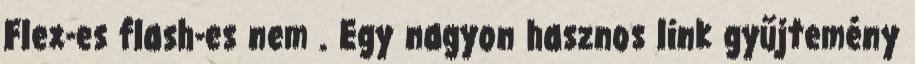
Flex-es flash-es nem . Egy nagyon hasznos link gyűjtemény